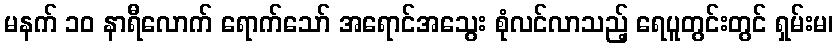
မနက် ၁၀ နာရီလောက် ရောက်သော် အရောင်အသွေး စုံလင်လာသည့် ရေပူတွင်းတွင် ရှမ်းမ၊